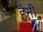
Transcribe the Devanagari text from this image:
हेऩी